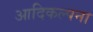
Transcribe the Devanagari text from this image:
आदिकल्पना